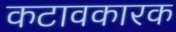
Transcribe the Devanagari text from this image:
कटावकारक